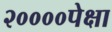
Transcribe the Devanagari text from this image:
२००००पेक्षा